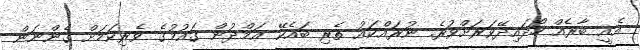
އެއީ ބާރެއް ހޯދައިދޭވަރަށްވުރެ. ނުރައްކައު ތެރި ބައެކޭ ޢަމްދުން ގައުމުގެ ވެރިކަމަށް ގެންނަން